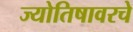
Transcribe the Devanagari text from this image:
ज्योतिषावरचे